Leningradi_Edasi_toimetus, lk 8
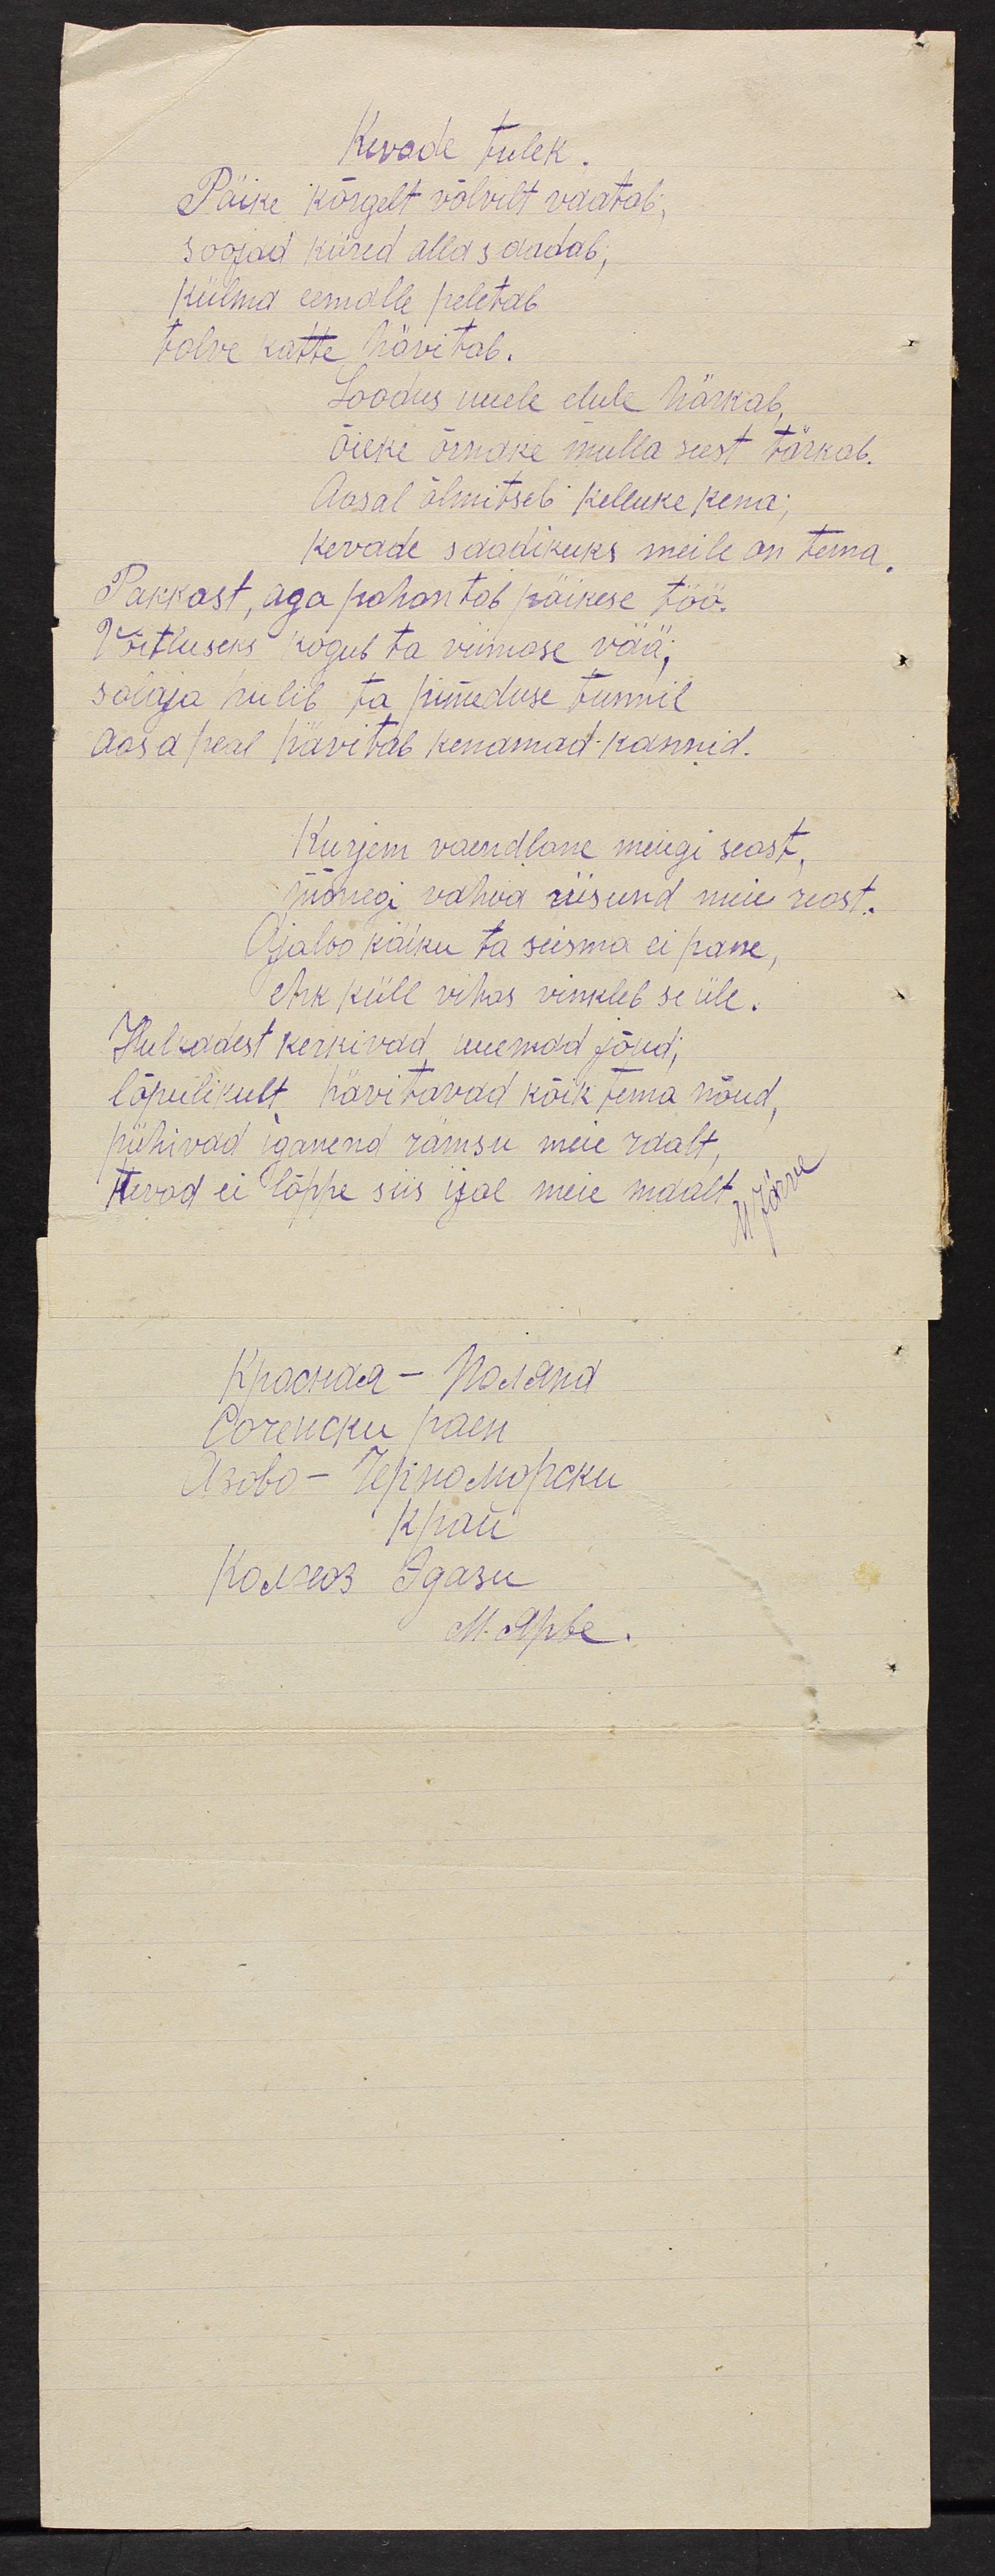
Kevade tulek
Päike kõrgelt võlvilt vaatab;
soojad kiired alla saadab;
külma eemalle peletab
talve katte hävitab.
Loodus uuele elule härkab,
õieke õrnake mulla seest tärkab.
Aasal õlmitseb kelluke kena;
kevade saadikus meile on tema.
Pakkast, aga pahantab päikese töö.
Võitluseks kogub ta viimase vää;
salaja piilib ta pimeduse tunnil
aasa peal hävitab kenamad kannid.
Kurjem vaendlasse meiegi seast,
mõnegi vahva riisunud meie reast.
Ajaloo käiku ta seisma ei pane,
ehk küll vihas vinkleb se üle.
Hulkadest kerkivad uuemad jõud;
lõpulikult hävitavad kõik tema nõud,
pühivad iganend rämpsu meie raalt
terad ei lõppe siis igal meie maalt.
Кросная Поляна
Сочеиски раеи
Азово - Гериноморски
Край
Колхоз Эдази
М. Ярве